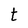
Character: t